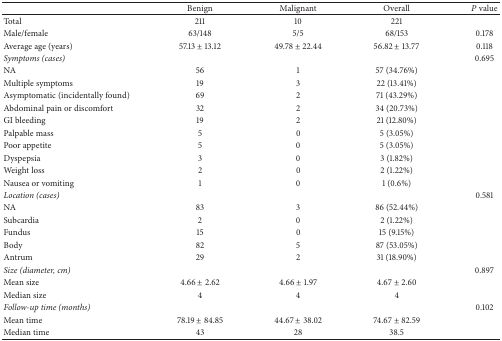
<table><thead><tr><td><b> </b></td><td><b>Benign</b></td><td><b>Malignant</b></td><td><b>Overall</b></td><td><b><i>P</i> value</b></td></tr></thead><tbody><tr><td>Total</td><td>211</td><td>10</td><td>221</td><td> </td></tr><tr><td>Male/female</td><td>63/148</td><td>5/5</td><td>68/153</td><td>0.178</td></tr><tr><td>Average age (years)</td><td>57.13 ± 13.12</td><td>49.78 ± 22.44</td><td>56.82 ± 13.77</td><td>0.118</td></tr><tr><td><i>Symptoms (cases)</i></td><td> </td><td> </td><td> </td><td>0.695</td></tr><tr><td>NA</td><td>56</td><td>1</td><td>57 (34.76%)</td><td> </td></tr><tr><td>Multiple symptoms</td><td>19</td><td>3</td><td>22 (13.41%)</td><td> </td></tr><tr><td>Asymptomatic (incidentally found)</td><td>69</td><td>2</td><td>71 (43.29%)</td><td> </td></tr><tr><td>Abdominal pain or discomfort</td><td>32</td><td>2</td><td>34 (20.73%)</td><td> </td></tr><tr><td>GI bleeding</td><td>19</td><td>2</td><td>21 (12.80%)</td><td> </td></tr><tr><td>Palpable mass</td><td>5</td><td>0</td><td>5 (3.05%)</td><td> </td></tr><tr><td>Poor appetite</td><td>5</td><td>0</td><td>5 (3.05%)</td><td> </td></tr><tr><td>Dyspepsia</td><td>3</td><td>0</td><td>3 (1.82%)</td><td> </td></tr><tr><td>Weight loss</td><td>2</td><td>0</td><td>2 (1.22%)</td><td> </td></tr><tr><td>Nausea or vomiting</td><td>1</td><td>0</td><td>1 (0.6%)</td><td> </td></tr><tr><td><i>Location (cases)</i></td><td> </td><td> </td><td> </td><td>0.581</td></tr><tr><td>NA</td><td>83</td><td>3</td><td>86 (52.44%)</td><td> </td></tr><tr><td>Subcardia</td><td>2</td><td>0</td><td>2 (1.22%)</td><td> </td></tr><tr><td>Fundus</td><td>15</td><td>0</td><td>15 (9.15%)</td><td> </td></tr><tr><td>Body</td><td>82</td><td>5</td><td>87 (53.05%)</td><td> </td></tr><tr><td>Antrum</td><td>29</td><td>2</td><td>31 (18.90%)</td><td> </td></tr><tr><td><i>Size (diameter, cm)</i></td><td> </td><td> </td><td> </td><td>0.897</td></tr><tr><td>Mean size</td><td>4.66 ± 2.62</td><td>4.66 ± 1.97</td><td>4.67 ± 2.60</td><td> </td></tr><tr><td>Median size</td><td>4</td><td>4</td><td>4</td><td> </td></tr><tr><td><i>Follow-up time (months)</i></td><td> </td><td> </td><td> </td><td>0.102</td></tr><tr><td>Mean time</td><td>78.19 ± 84.85</td><td>44.67 ± 38.02</td><td>74.67 ± 82.59</td><td> </td></tr><tr><td>Median time</td><td>43</td><td>28</td><td>38.5</td><td> </td></tr></tbody></table>